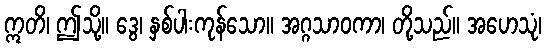
ဣတိ၊ ဤသို့။ ဒွေ၊ နှစ်ပါးကုန်သော။ အဂ္ဂသာဝကာ၊ တို့သည်။ အဟေသုံ၊